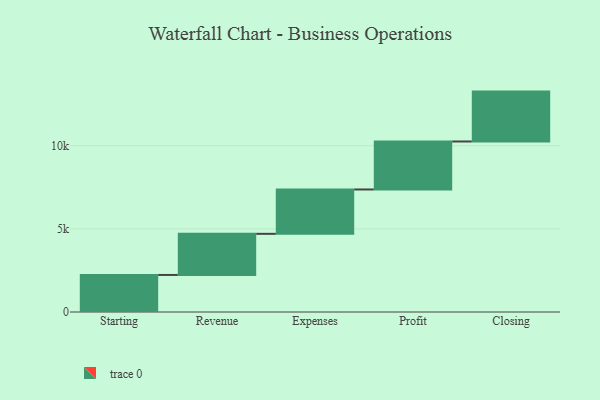
{"axis": {"x": "Step", "y": "Value"}, "legend": [""], "data": [{"x": "Starting", "y": 2228.0, "type": ""}, {"x": "Revenue", "y": 2474.0, "type": ""}, {"x": "Expenses", "y": 2668.0, "type": ""}, {"x": "Profit", "y": 2887.0, "type": ""}, {"x": "Closing", "y": 3000, "type": ""}]}